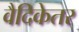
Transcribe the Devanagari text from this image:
वैदिकेतर